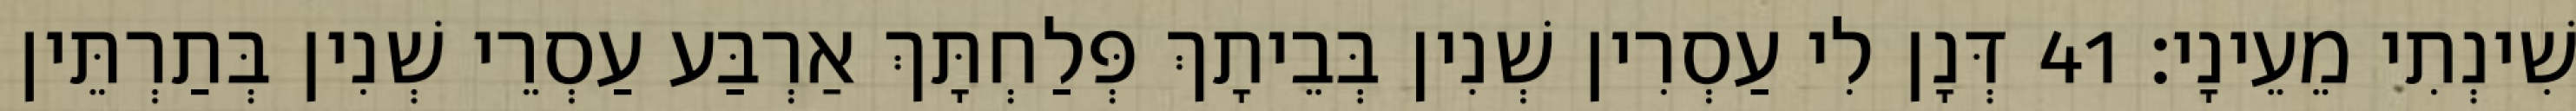
שִׁינְתִי מֵעֵינָי׃ 41 דְּנָן לִי עַסְרִין שְׁנִין בְּבֵיתָךְ פְּלַחְתָּךְ אַרְבַּע עַסְרֵי שְׁנִין בְּתַרְתֵּין